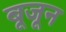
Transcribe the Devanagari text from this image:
बूजून